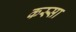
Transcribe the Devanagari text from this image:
कस्सा